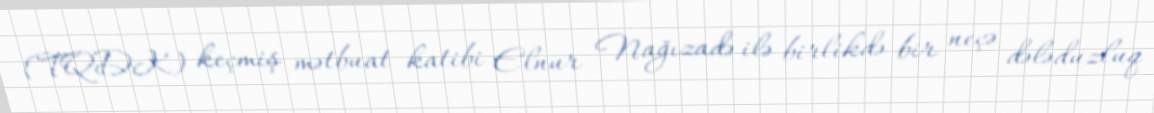
(TQDK) keçmiş mətbuat katibi Elnur Nağızadə ilə birlikdə bir neçə dələduzluq